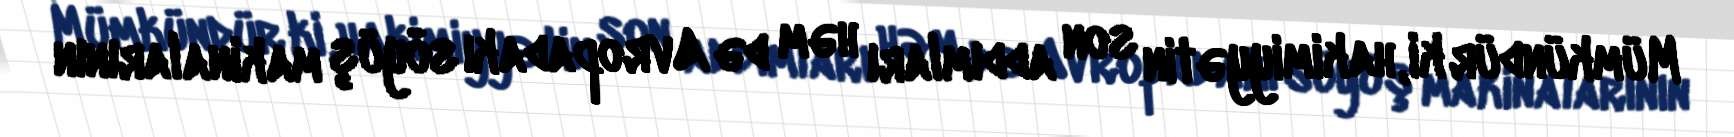
Mümkündür ki, hakimiyyətin son addımları həm də Avropadakı söyüş makinalarının